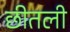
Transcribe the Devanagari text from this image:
छीतली